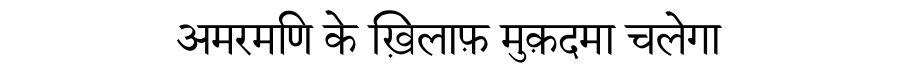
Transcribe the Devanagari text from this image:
अमरमणि के ख़िलाफ़ मुक़दमा चलेगा